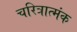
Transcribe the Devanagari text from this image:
चरित्रात्मंक